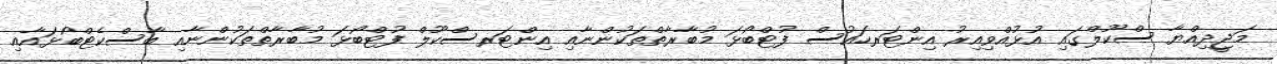
މަޖީދިއްޔާ ސްކޫލްގައި އުޅުއްވިއިރު އިންޓަރހައުސް ފުޓްބޯޅަ މުބާރާތްތަކުންނާއި އިންޓަރސްކޫލް ފުޓްބޯޅަ މުބާރާތްތަކުންނާއި ބާސްކެޓްބޯޅައާއި